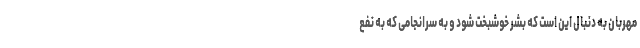
مهربان به دنبال این است که بشر خوشبخت شود و به سرانجامی که به نفع